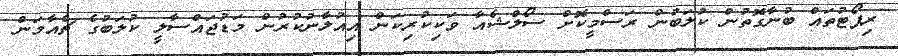
ރިޕޯޓުތައް ބުނާގޮތުން ކުލަބުން ރަސްމީކޮށް ސޯލްޝެއާ ވަކިކުރިކަން އިއުލާނުކުރުން މަޑުޖައްސާލީ ކުލަބުގެ ޗެއާމަން